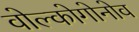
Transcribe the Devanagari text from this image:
वोल्कोगोनोव